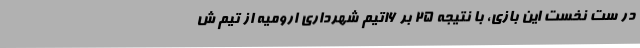
در ست نخست این بازی، با نتیجه 25 بر 16تیم شهرداری ارومیه از تیم ش